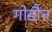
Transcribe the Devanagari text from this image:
गोडौन